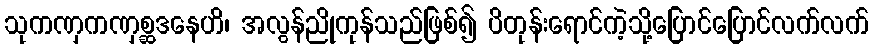
သုကဏှကဏှစ္ဆဒနေဟိ၊ အလွန်ညိုကုန်သည်ဖြစ်၍ ပိတုန်းရောင်ကဲ့သို့ပြောင်ပြောင်လက်လက်